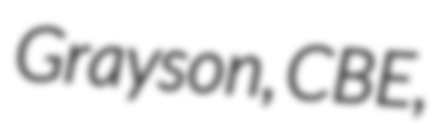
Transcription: Grayson, CBE,